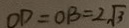
O D = O B = 2 \sqrt { 3 }